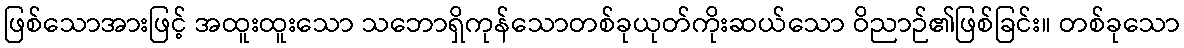
ဖြစ်သောအားဖြင့် အထူးထူးသော သဘောရှိကုန်သောတစ်ခုယုတ်ကိုးဆယ်သော ဝိညာဉ်၏ဖြစ်ခြင်း။ တစ်ခုသော